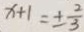
x + 1 = \pm \frac { 2 } { 3 }